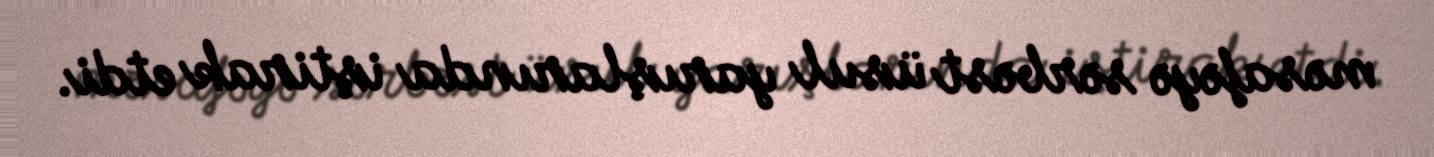
məsafəyə sərbəst üsul yarışlarında iştirak etdi.